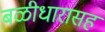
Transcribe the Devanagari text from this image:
बळीधारासह